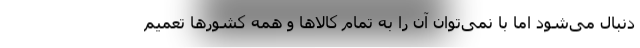
دنبال می‌شود اما با نمی‌توان آن را به تمام کالاها و همه کشورها تعمیم